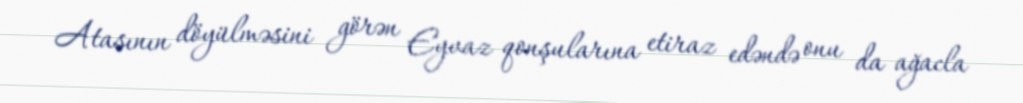
Atasının döyülməsini görən Eyvaz qonşularına etiraz edəndə onu da ağacla